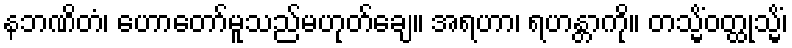
နဘဏိတံ၊ ဟောတော်မူသည်မဟုတ်ချေ။ အရဟာ၊ ရဟန္တာကို။ တသ္မိံဝတ္ထုသ္မိံ၊